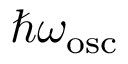
\hbar \omega _ { \mathrm { o s c } }